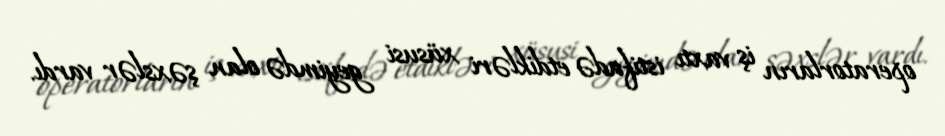
operatorların iş vaxtı istifadə etdikləri xüsusi geyimdə olan şəxslər vardı.